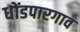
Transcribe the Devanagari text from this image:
धोंडपारगाव